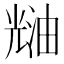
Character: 𰃑